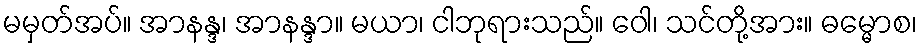
မမှတ်အပ်။ အာနန္ဒ၊ အာနန္ဒာ။ မယာ၊ ငါဘုရားသည်။ ဝေါ၊ သင်တို့အား။ ဓမ္မောစ၊